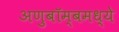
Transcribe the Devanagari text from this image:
अणुबॉम्बमध्ये